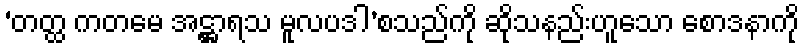
‘တတ္ထ ကတမေ အဋ္ဌာရသ မူလပဒါ’စသည်ကို ဆိုသနည်းဟူသော စောဒနာကို